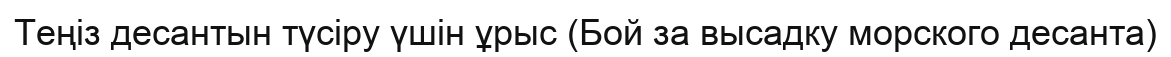
Теңіз десантын түсіру үшін ұрыс (Бой за высадку морского десанта)